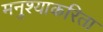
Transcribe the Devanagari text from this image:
मनुश्याकरिता